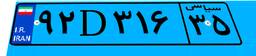
۴۲D۰۱۸۹۳